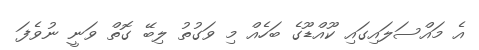
އެ މައްސަލައިގައި ކޫއްޑޫގެ ބަހެއް މި ވަގުތު ލިބޭ ގޮތް ވަނީ ނުވެފަ